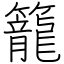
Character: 籠